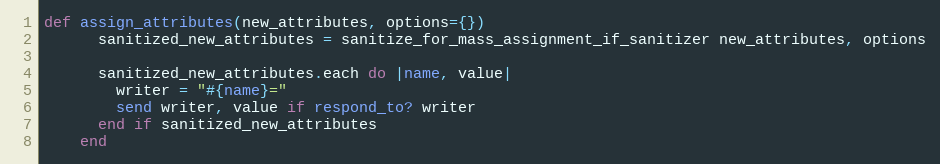
Language: Ruby
def assign_attributes(new_attributes, options={})
      sanitized_new_attributes = sanitize_for_mass_assignment_if_sanitizer new_attributes, options

      sanitized_new_attributes.each do |name, value|
        writer = "#{name}="
        send writer, value if respond_to? writer
      end if sanitized_new_attributes
    end